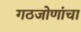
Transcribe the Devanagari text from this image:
गठजोणांचा